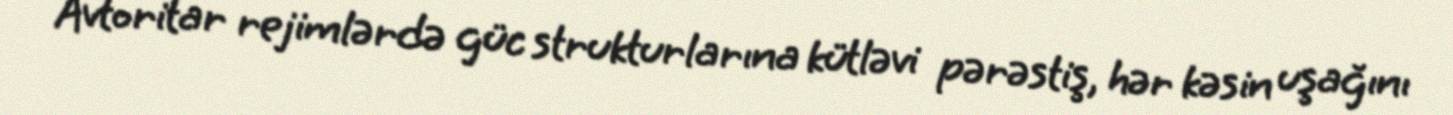
Avtoritar rejimlərdə güc strukturlarına kütləvi pərəstiş, hər kəsin uşağını